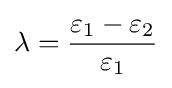
\lambda ={\frac {\varepsilon _{1}-\varepsilon _{2}}{\varepsilon _{1}}}